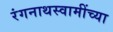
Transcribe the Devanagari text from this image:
रंगनाथस्वामींच्या